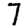
Digit: 7